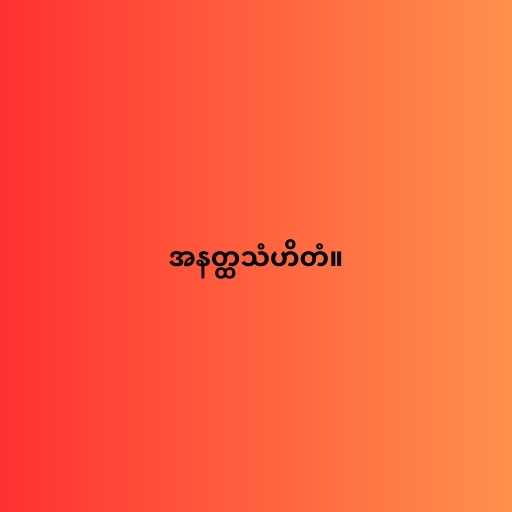
အနတ္ထသံဟိတံ။